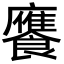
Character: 𮩕